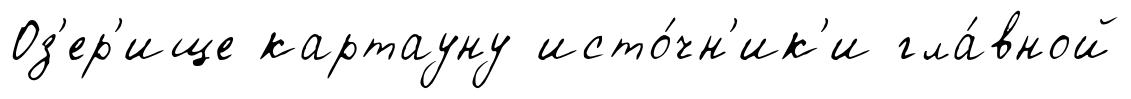
Оз'ер'ище картауну исто́чн'ик'и гла́вной